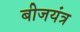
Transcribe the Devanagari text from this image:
बीजयंत्र